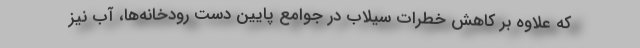
که علاوه بر کاهش خطرات سیلاب در جوامع پایین دست رودخانه‌ها، آب نیز